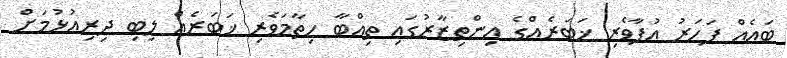
ބައެއް ފަހަރު އުފާވެރި ޚަބަރެއްގެ އިންތިޒާރުގައި ތިއްބާ ހިތާމަވެރި ޚަބަރެއް ލިބި ދިރިއުޅުމަށް